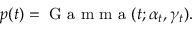
p ( t ) = \mathrm { ~ G ~ a ~ m ~ m ~ a ~ } ( t ; \alpha _ { t } , \gamma _ { t } ) .